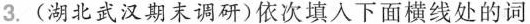
3.(湖北武汉期末调研)依次填入下面横线处的词